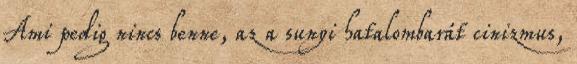
Ami pedig nincs benne, az a sunyi hatalombarát cinizmus,